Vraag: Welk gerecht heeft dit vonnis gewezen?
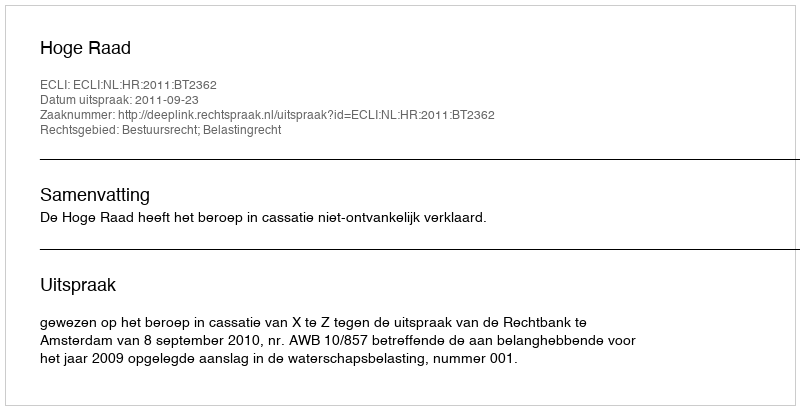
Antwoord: Hoge Raad